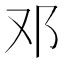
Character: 邓